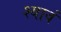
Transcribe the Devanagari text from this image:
श्यावं